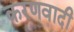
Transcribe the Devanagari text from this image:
करणवादी